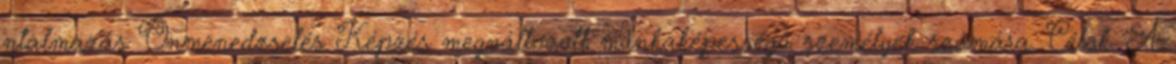
ntalmazás Önmenedzselés Képzés megváltozott munkaképességű személyek számára. Célok. A